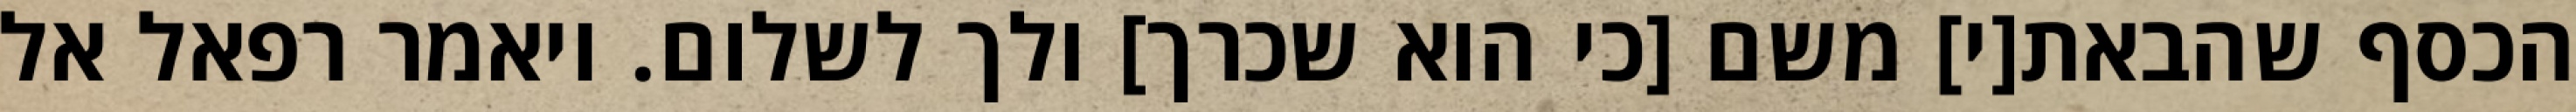
הכסף שהבאת[י] משם [כי הוא שכרך] ולך לשלום. ויאמר רפאל אל